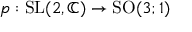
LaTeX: p : { \mathrm { S L } } ( 2 , \mathbb { C } ) \to { \mathrm { S O } } ( 3 ; 1 )